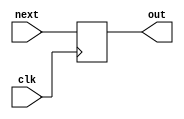
`define STATE000     3'b000
`define STATE001     3'b001
`define STATE010     3'b010
`define STATE011     3'b011
`define STATE100     3'b100
`define STATE101     3'b101

module DFF(clk, next, out);
    parameter n = 1;
    input clk;
    input [n-1:0] next;
    output reg [n-1:0] out;
    always@(posedge clk) begin
        out = next;
    end
endmodule

module MO(clk, reset, in_data, i, j, opcode, out_data, fin);
  input clk, reset;
  input [9:0] in_data;
  output fin;
  output [2:0] opcode;
  output [9:0] i, j;
  output [19:0] out_data;

  reg [2:0] opcode;
  reg [9:0] i, j;
  reg [19:0]out_data;

  wire [2:0] state, next_state;
  wire [9:0] n, next_n;
  wire [9:0] r, next_r;
  wire [19:0] ans, next_ans;
  wire [9:0] k, next_k;
  wire [9:0] A, next_A;
  wire [9:0] I, next_I;
  wire [9:0] J, next_J;
  wire next_fin;

  reg [2:0] next_state1;
  reg [9:0] next_n1, next_r1;
  reg [19:0] next_ans1;
  reg [9:0] next_k1;
  reg [9:0] next_A1;
  reg [9:0] next_I1, next_J1;
  reg next_fin1;

  DFF #(3) DFF0(clk, next_state, state);
  DFF #(10) DFF1(clk, next_n, n);
  DFF #(10) DFF2(clk, next_r, r);
  DFF #(20) DFF3(clk, next_ans, ans);
  DFF #(10) DFF4(clk, next_A, A);
  DFF #(10) DFF5(clk, next_I, I);
  DFF #(10) DFF6(clk, next_J, J);
  DFF #(10) DFF7(clk, next_k, k);
  DFF #(1) DFF8(clk, next_fin, fin);

  always @ ( * ) begin
    next_state1 = state;
    next_n1 = n;
    next_r1 = r;
    next_ans1 = ans;
    next_k1 = k;
    next_A1 = A;
    next_I1 = I;
    next_J1 = J;
    next_fin1 = fin;

    case (state)
      `STATE000: begin    //get n
        next_state1 = `STATE001;
        opcode = 3'b000;
        next_n1 = in_data;
        next_r1 = 0;
        next_ans1 = 0;
        next_k1 = 0;
        next_A1 = 0;
        next_I1 = 0;
        next_J1 = 0;
        i = 0;
        j = 0;
        out_data = 0;
        next_fin1 = 0;
      end
      `STATE001: begin    //get r
        next_state1 = `STATE010;
        opcode = 3'b001;
        next_n1 = n;
        next_r1 = in_data;
        next_ans1 = ans;
        next_k1 = k;
        next_A1 = 0;
        next_I1 = I;
        next_J1 = J;
        i = 0;
        j = 0;
        out_data = 0;
        next_fin1 = 0;
      end
      `STATE010: begin    //read A
        next_state1 = `STATE011;
        opcode = 3'b010;
        next_n1 = n;
        next_r1 = r;
        next_ans1 = ans;
        next_k1 = k;
        next_A1 = in_data;
        next_I1 = I;
        next_J1 = J;
        i = I;
        j = k;
        out_data = 0;
        next_fin1 = 0;
      end
      `STATE011: begin    //read X
        next_state1 = (k==r-1) ? `STATE100 : `STATE010;
        opcode = 3'b011;
        next_n1 = n;
        next_r1 = r;
        next_ans1 = ans + A*in_data;
        next_k1 = k+1;
        next_A1 = 0;
        next_I1 = I;
        next_J1 = J;
        i = k;
        j = J;
        out_data = 0;
        next_fin1 = 0;
      end
      `STATE100: begin    //read B
        next_state1 = `STATE101;
        opcode = 3'b100;
        next_n1 = n;
        next_r1 = r;
        next_ans1 = ans + in_data;
        next_k1 = 0;
        next_A1 = 0;
        next_I1 = I;
        next_J1 = J;
        i = I;
        j = J;
        out_data = 0;
        next_fin1 = 0;
      end
      `STATE101: begin    //out_data
        next_state1 = `STATE010;
        opcode = 3'b101;
        next_n1 = n;
        next_r1 = r;
        next_ans1 = 0;
        next_k1 = 0;
        next_A1 = 0;
        next_I1 = (J==(n-1)) ? I+1 : I;
        next_J1 = (J==(n-1)) ? 0 : J+1;
        i = I;
        j = k;
        out_data = ans;
        next_fin1 = ( (I==n) && (J==0) ) ? 1 : 0;
      end
      default: begin
      end
    endcase
  end

  assign next_state = (reset == 0) ? `STATE000: next_state1;
  assign next_n = (reset == 0) ? 0: next_n1;
  assign next_r = (reset == 0) ? 0: next_r1;
  assign next_ans = (reset == 0) ? 0: next_ans1;
  assign next_k = (reset == 0) ? 0: next_k1;
  assign next_A = (reset == 0) ? 0: next_A1;
  assign next_I = (reset == 0) ? 0: next_I1;
  assign next_J = (reset == 0) ? 0: next_J1;
  assign next_fin = (reset == 0) ? 0: next_fin1;

endmodule